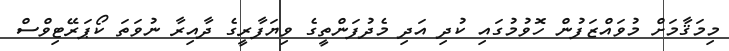
މިމަޤާމަށް މުވައްޒަފުން ހޮވުމުގައި ކުދި އަދި މެދުފަންތީގެ ވިޔަފާރީގެ ދާއިރާ ނުވަތަ ކޯޕަރޭޓިވްސް